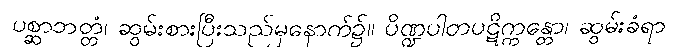
ပစ္ဆာဘတ္တံ၊ ဆွမ်းစားပြီးသည်မှနောက်၌။ ပိဏ္ဍပါတပဋိက္ကန္တော၊ ဆွမ်းခံရာ